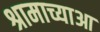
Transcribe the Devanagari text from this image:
श्रामाच्याआ